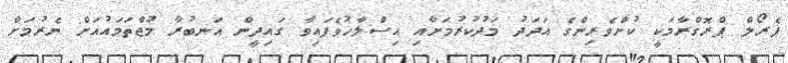
ޕެރޯލް ޕްރޮގްރާމަކީ ކުށްވެރިންގެ އަދަދު މަދުކުރުމަށާއި އިސްލާހުވެފައިވާ ގައިދީން އަނބުރާ މުޖްތަމައުއަށް ނެރުމަށް